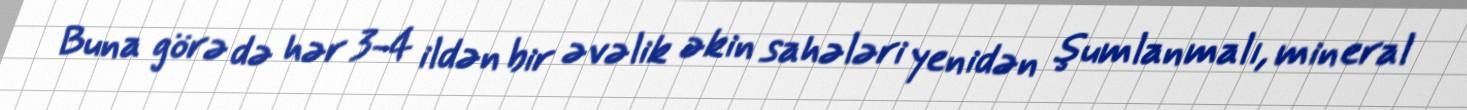
Buna görə də hər 3-4 ildən bir əvəlik əkin sahələri yenidən şumlanmalı, mineral